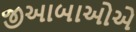
જીઆબાઓએ